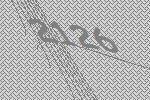
2126